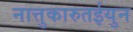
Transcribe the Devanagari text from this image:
नात्तुकारुतईयुन